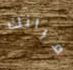
فرانك